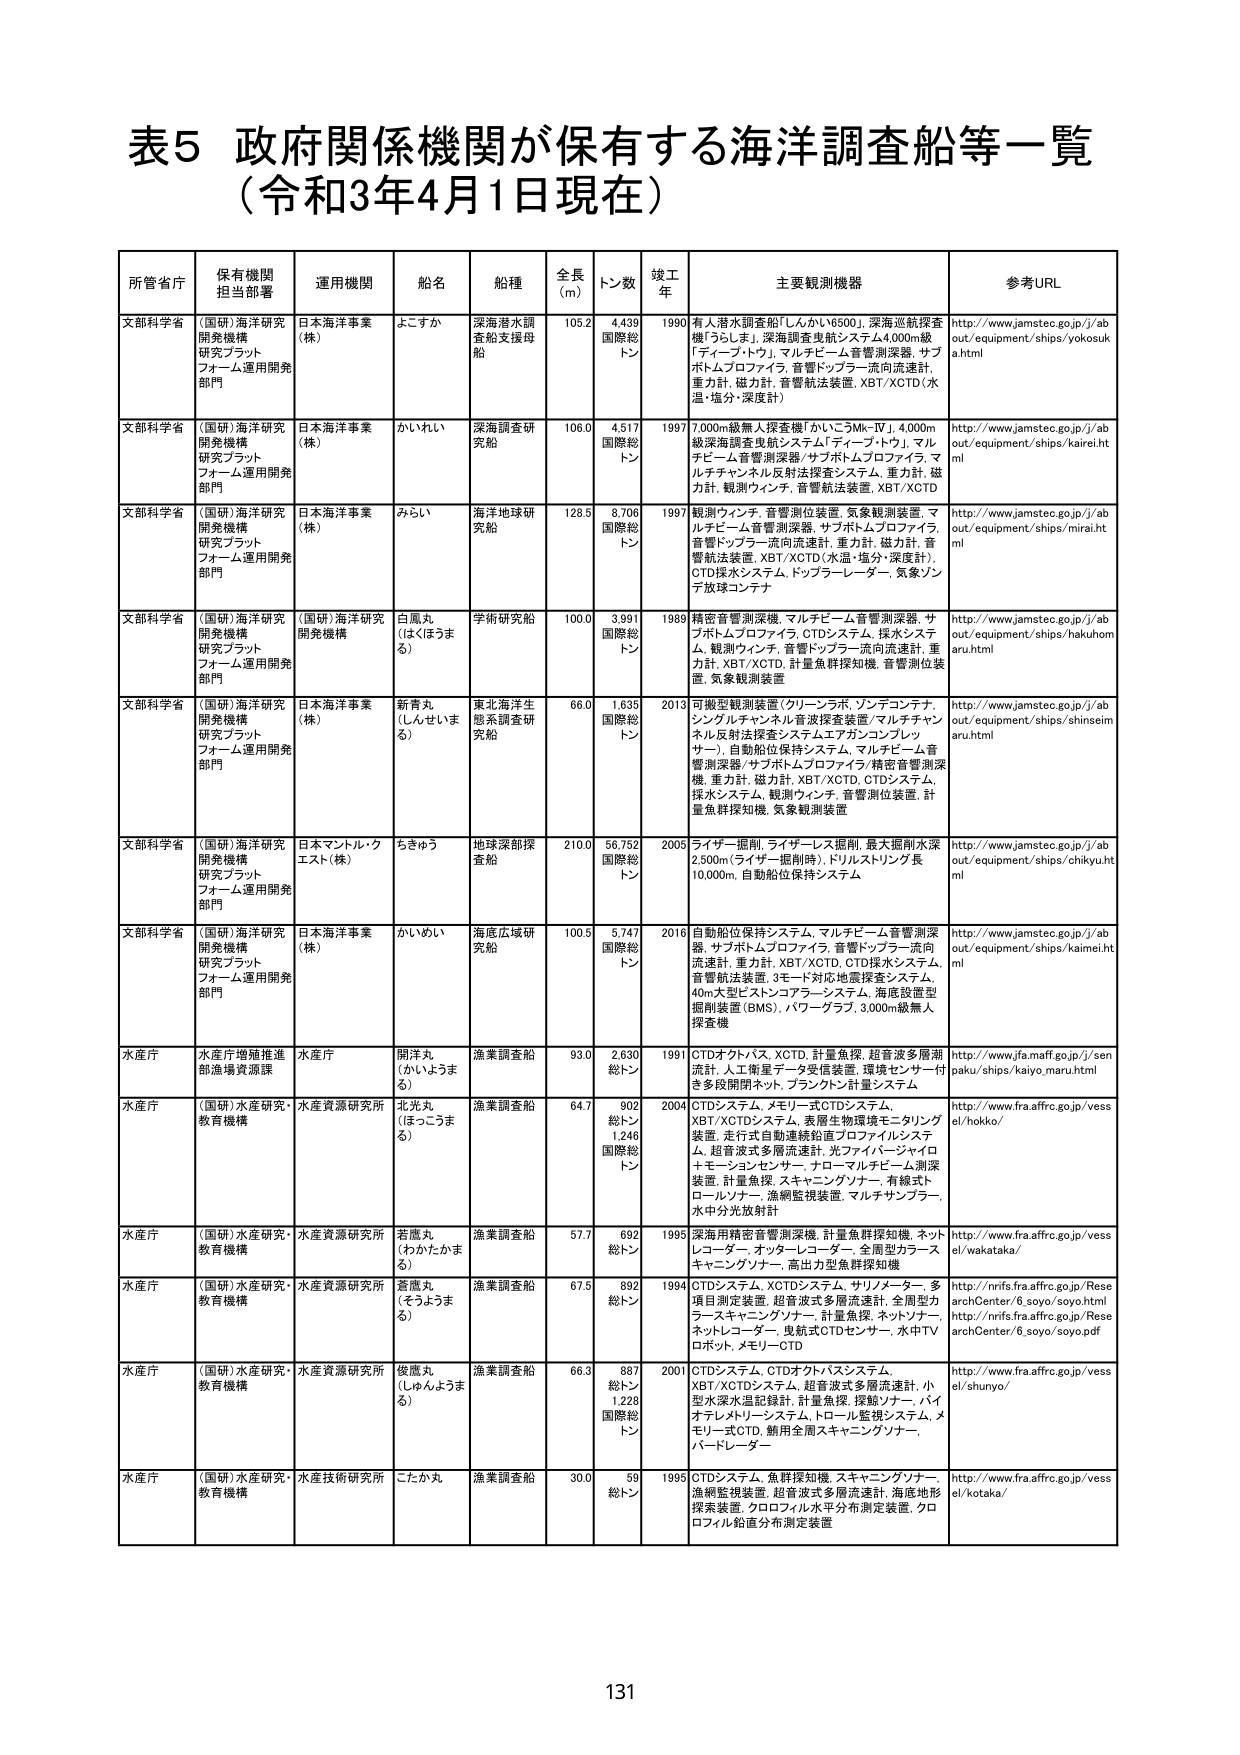
表5 政府関係機関が保有する海洋調査船等一覧
（令和3年4月1日現在）

所管省庁 保有機関担当部署 運用機関 船名 船種 全長（m） トン数 竣工年 主要観測機器 参考URL

文部科学省 （国研）海洋研究開発機構研究プラットフォーム運用開発部門 日本海洋事業（株） よこすか 深海潜水調査船支援母船 105.2 4,439 国際総トン 1990 有人潜水調査船「しんかい6500」、深海巡航探査機「うらしま」、深海調査曳航システム4,000m級「アイーメ・ロッド」、マルチビーム音響測深器、サブボトムプロファイラ、音響ドップラー一流向流速計、重力計、磁力計、音響航法装置、XBT/XCTD（水温・塩分・深度計） http://www.jamstec.go.jp/j/about/equipment/ships/yokosuka.html

文部科学省 （国研）海洋研究開発機構研究プラットフォーム運用開発部門 日本海洋事業（株） かいれい 深海調査研究船 106.0 4,517 国際総トン 1997 7,000m級無人探査機「かいこう5Mk-IV」、4,000m級深海調査曳航システム「ディープ・トゥ」、マルチビーム音響測深器/サブボトムプロファイラ、マルチチャンネル反射法探査システム、重力計、磁力計、観測ウィンチ、音響航法装置、XBT/XCTD http://www.jamstec.go.jp/j/about/equipment/ships/kairei.html

文部科学省 （国研）海洋研究開発機構研究プラットフォーム運用開発部門 日本海洋事業（株） みらい 海洋地球研究船 128.5 8,706 国際総トン 1997 観測ウィンチ、音響測位装置、気象観測装置、マルチビーム音響測深器、サブボトムプロファイラ、音響ドップラー流向流速計、重力計、磁力計、音響航法装置、XBT/XCTD（水温・塩分・深度計）、CTD採水システム、ドップラーレーダー、気象ゾンデ放球コンテナ http://www.jamstec.go.jp/j/about/equipment/ships/mirai.html

文部科学省 （国研）海洋研究開発機構研究プラットフォーム運用開発部門 （国研）海洋研究開発機構 白鳳丸（はくほうまる） 学術研究船 100.0 3,991 国際総トン 1989 精密音響測深機、マルチビーム音響測深器、サブボトムプロファイラ、CTDシステム、採水システム、観測ウィンチ、音響ドップラー流向流速計、重力計、XBT/XCTD、計量魚群探知機、音響測位装置、気象観測装置 http://www.jamstec.go.jp/j/about/equipment/ships/hakuhomaru.html

文部科学省 （国研）海洋研究開発機構研究プラットフォーム運用開発部門 日本海洋事業（株） 新青丸（しんせいまる） 東北海洋生態系調査研究船 66.0 1,635 国際総トン 2013 可搬型観測装置（クリーンラボ、ゾンデコンテナ、シンクルチャンネル音波探査装置/マルチチャンネル反射法探査システムエアガンコンプレッサー）、自動船位保持システム、マルチビーム音響測深器、サブボトムプロファイラ/精密音響測深機、重力計、磁力計、XBT/XCTD、CTDシステム、採水システム、観測ウィンチ、音響測位装置、計量魚群探知機、気象観測装置 http://www.jamstec.go.jp/j/about/equipment/ships/shinseimaru.html

文部科学省 （国研）海洋研究開発機構研究プラットフォーム運用開発部門 日本マントル・クエスト（株） ちきゅう 地球深部探査船 210.0 56,752 国際総トン 2005 ライザー・掘削、ライザー・レス掘削、最大掘削水深2,500m（ライザー掘削時）、ドリルストリング長10,000m、自動船位保持システム http://www.jamstec.go.jp/j/about/equipment/ships/chikyu.html

文部科学省 （国研）海洋研究開発機構研究プラットフォーム運用開発部門 日本海洋事業（株） かいめい 海底広域研究船 100.5 5,747 国際総トン 2016 自動船位保持システム、マルチビーム音響測深器、サブボトムプロファイラ、音響ドップラー流向流速計、重力計、XBT/XCTD、CTD採水システム、音響航法装置、3モード対応地震探査システム、40m大型ビストンコアサンプルシステム、海底設置型掘削装置（BMS）、バワーグラブ、3,000m級無人探査機 http://www.jamstec.go.jp/j/about/equipment/ships/kaimi.html

水産庁 水産庁増殖推進部漁場資源課 水産庁 開洋丸（かいようまる） 漁業調査船 93.0 2,630 総トン 1991 CTDオクトバス、XCTD、計量魚探、超音波多層潮流計、人工衛星データ受信装置、環境センサー付き多段開閉ネット、プランクトン計量システム http://www.jfa.maff.go.jp/j/senpaku/ships/kaiyo_maru.html

水産庁 （国研）水産研究・水産資源研究所教育機構 北光丸（ほっこうまる） 漁業調査船 64.7 902 総トン 1,246 国際総トン 2004 CTDシステム、メモリー式CTDシステム、XBT/XCTDシステム、表層生物環境モニタリング装置、走行式自動連続鉛直プロファイリングシステム、超音波多層流速計、光ファイバーシャイロ＋モーションセンサー、ナローマルチビーム測深装置、計量魚探、スキャニングソナー、有線式トロールソナー、漁網監視装置、マルチサンプラー、水中分光放射計 http://www.fra.affrc.go.jp/vessel/hokko/

水産庁 （国研）水産研究・水産資源研究所教育機構 若鷹丸（わかたかまる） 漁業調査船 57.7 692 総トン 1995 深海用精密音響測深機、計量魚群探知機、ネットレコーダー、オッターレコーダー、全周型カラースキャニングソナー、高出力型魚群探知機 http://www.fra.affrc.go.jp/vessel/wakataka/

水産庁 （国研）水産研究・水産資源研究所教育機構 養鷹丸（そうようまる） 漁業調査船 67.5 892 総トン 1994 CTDシステム、XCTDシステム、サリノメーター、多項目測定装置、超音波式多層流速計、全周型カラースキャニングソナー、計量魚探、ネットソナー、ネットレコーダー、曳航式CTDセンサー、水中TVロボット、メモリーCTD http://nrfis.fra.affrc.go.jp/ResearchCenter/6.soyo/soyo.html http://nrfis.fra.affrc.go.jp/ResearchCenter/6.soyo/soyo.pdf

水産庁 （国研）水産研究・水産資源研究所教育機構 俊鷹丸（しゅんようまる） 漁業調査船 66.3 887 総トン 1,228 国際総トン 2001 CTDシステム、CTDオクトバスシステム、XBT/XCTDシステム、超音波式多層流速計、小型水深水温記録計、計量魚探、探鯨ソナー、バイオテレメトリシステム、トロール監視システム、メモリー式CTD、鮭用全周スキャニングソナー、バードレーダー http://www.fra.affrc.go.jp/vessel/shunyo/

水産庁 （国研）水産研究・水産資源研究所教育機構 こたか丸 漁業調査船 30.0 59 総トン 1995 CTDシステム、魚群探知機、スキャニングソナー、漁網監視装置、超音波式多層流速計、海底地形探査装置、クロロフィル水平分布測定装置、クロロフィル鉛直分布測定装置 http://www.fra.affrc.go.jp/vessel/kotaka/

131